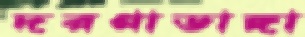
দরগাডাঙ্গা